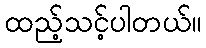
ထည့်သင့်ပါတယ်။